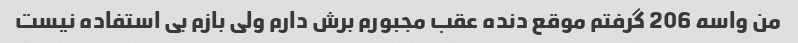
من واسه 206 گرفتم موقع دنده عقب مجبورم برش دارم ولی بازم بی استفاده نیست